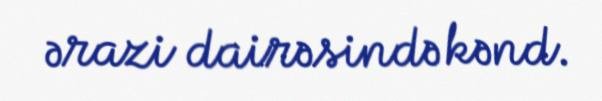
ərazi dairəsində kənd.